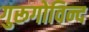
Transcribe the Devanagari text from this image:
गुरूगोविन्द